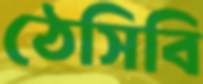
ঠেসিবি